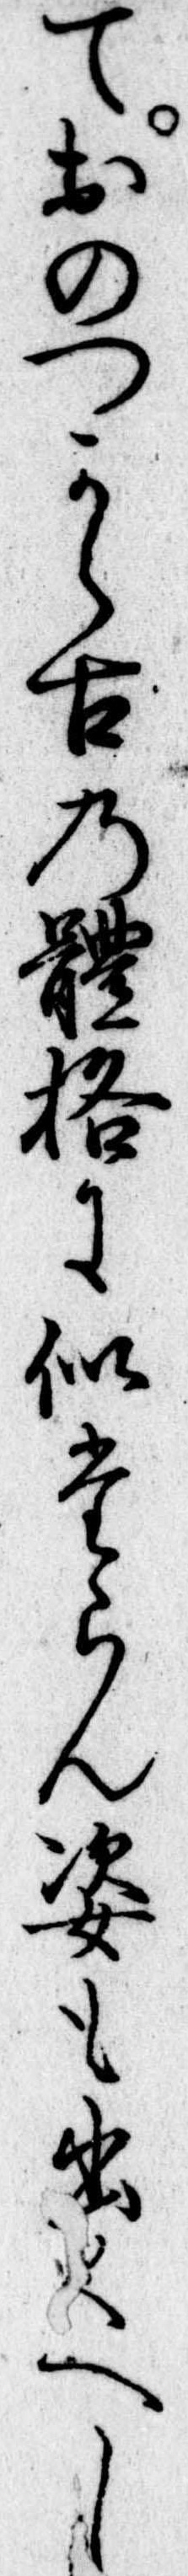
ておのつから古の体格に似たらん姿も出くへし